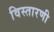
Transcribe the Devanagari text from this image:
विस्तारणी